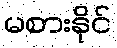
မစားနိုင်